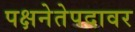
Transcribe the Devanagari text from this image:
पक्षनेतेपदावर